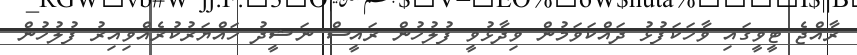
ރާއްޖެ ޓީވީގައި ވާހަކަފުޅު ދައްކަވަމުން ވިދާޅުވީ ފުލުހުން ރައީސް ނަޝީދު ހައްޔަރުކުރެއްވިއިރު ފުލުހުން